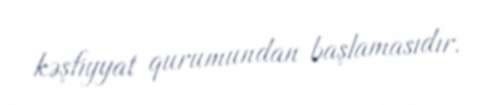
kəşfiyyat qurumundan başlamasıdır.